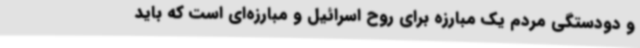
و دودستگی مردم یک مبارزه‌ برای روح اسرائیل و مبارزه‌ای است که باید